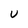
Character: U